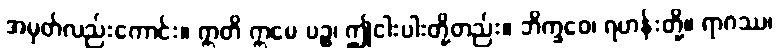
အမှတ်လည်းကောင်း။ ဣတိ ဣမေ ပဉ္စ၊ ဤငါးပါးတို့တည်း။ ဘိက္ခဝေ၊ ရဟန်းတို့။ ရာဂဿ၊